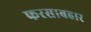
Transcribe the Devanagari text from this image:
फरसाबहार